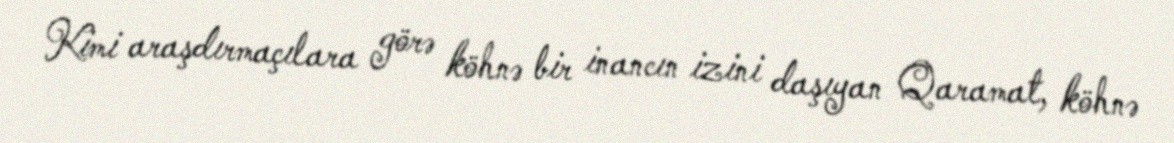
Kimi araşdırmaçılara görə köhnə bir inancın izini daşıyan Qaramat, köhnə